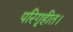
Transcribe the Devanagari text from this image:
परिगृहीत।